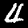
Digit: 4